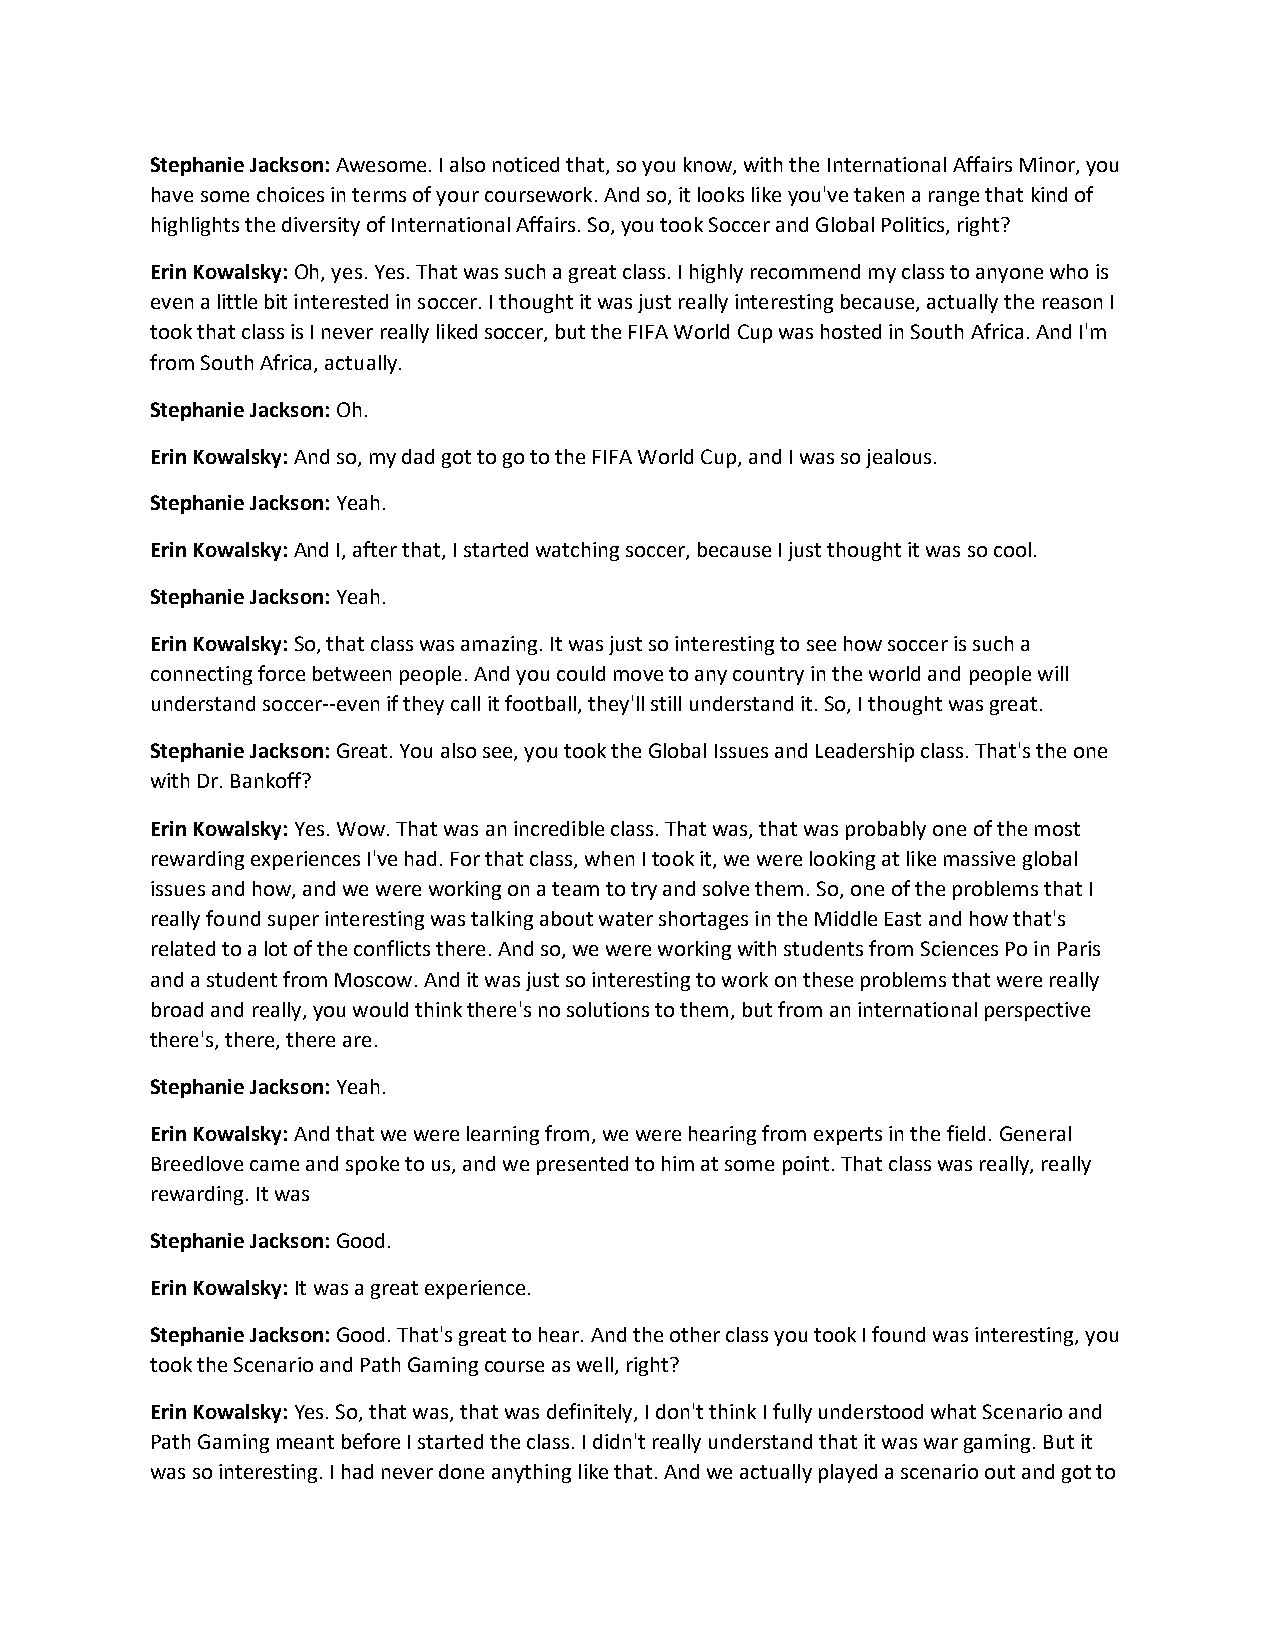
Stephanie Jackson: Awesome. I also noticed that, so you know, with the International Affairs Minor, you
 have some choices in terms of your coursework. And so, it looks like you've taken a range that kind of
 highlights the diversity of International Affairs. So, you took Soccer and Global Politics, right?
 Erin Kowalsky: Oh, yes. Yes. That was such a great class. I highly recommend my class to anyone who is
 even a little bit interested in soccer. I thought it was just really interesting because, actually the reason I
 took that class is I never really liked soccer, but the FIFA World Cup was hosted in South Africa. And I'm
 from South Africa, actually.
 Stephanie Jackson: Oh.
 Erin Kowalsky: And so, my dad got to go to the FIFA World Cup, and I was so jealous.
 Stephanie Jackson: Yeah.
 Erin Kowalsky: And I, after that, I started watching soccer, because I just thought it was so cool.
 Stephanie Jackson: Yeah.
 Erin Kowalsky: So, that class was amazing. It was just so interesting to see how soccer is such a
 connecting force between people. And you could move to any country in the world and people will
 understand soccer--even if they call it football, they'll still understand it. So, I thought was great.
 Stephanie Jackson: Great. You also see, you took the Global Issues and Leadership class. That's the one
 with Dr. Bankoff?
 Erin Kowalsky: Yes. Wow. That was an incredible class. That was, that was probably one of the most
 rewarding experiences I've had. For that class, when I took it, we were looking at like massive global
 issues and how, and we were working on a team to try and solve them. So, one of the problems that I
 really found super interesting was talking about water shortages in the Middle East and how that's
 related to a lot of the conflicts there. And so, we were working with students from Sciences Po in Paris
 and a student from Moscow. And it was just so interesting to work on these problems that were really
 broad and really, you would think there's no solutions to them, but from an international perspective
 there's, there, there are.
 Stephanie Jackson: Yeah.
 Erin Kowalsky: And that we were learning from, we were hearing from experts in the field. General
 Breedlove came and spoke to us, and we presented to him at some point. That class was really, really
 rewarding. It was
 Stephanie Jackson: Good.
 Erin Kowalsky: It was a great experience.
 Stephanie Jackson: Good. That's great to hear. And the other class you took I found was interesting, you
 took the Scenario and Path Gaming course as well, right?
 Erin Kowalsky: Yes. So, that was, that was definitely, I don't think I fully understood what Scenario and
 Path Gaming meant before I started the class. I didn't really understand that it was war gaming. But it
 was so interesting. I had never done anything like that. And we actually played a scenario out and got to